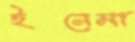
ইনেমা